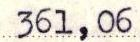
361,06